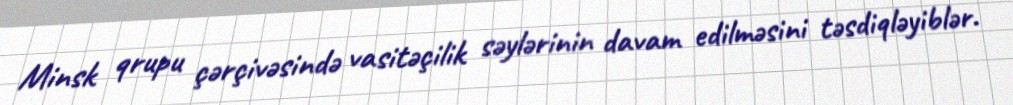
Minsk qrupu çərçivəsində vasitəçilik səylərinin davam edilməsini təsdiqləyiblər.